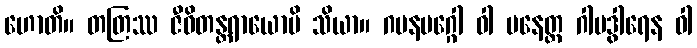
ဟောတိ။ တတြဿ ဇီဝိတန္တရာယောပိ သိယာ။ ဂမနမဂ္ဂေါ ဝါ ပနေတ္ထ ဂါမဒွါရေန ဝါ